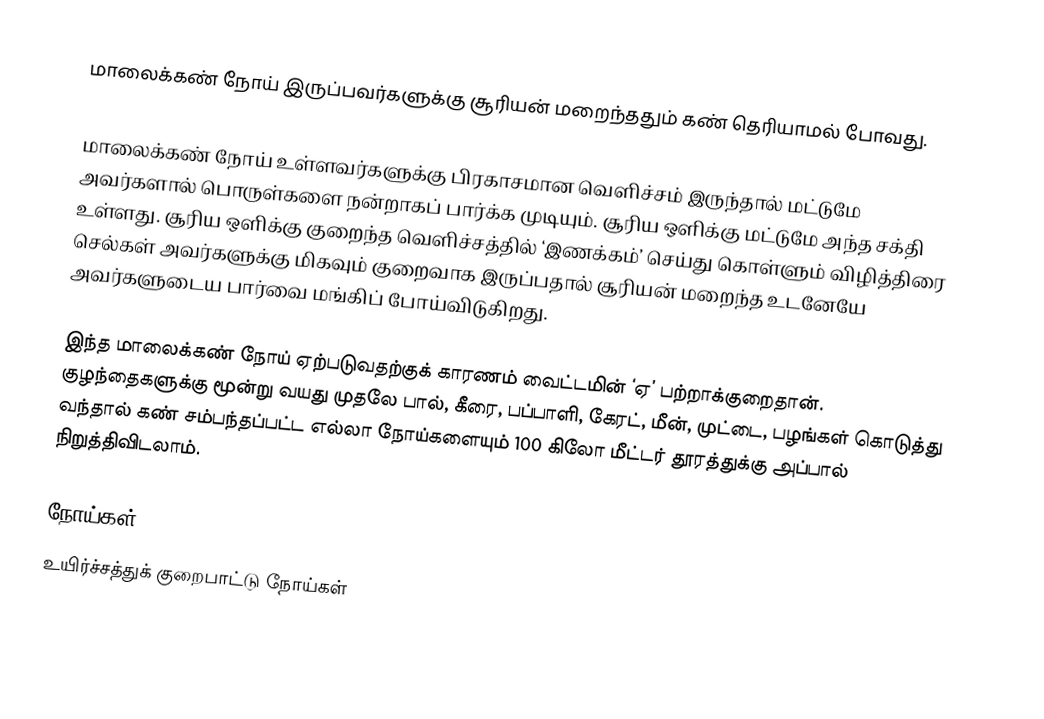
மாலைக்கண் நோய் இருப்பவர்களுக்கு சூரியன் மறைந்ததும் கண் தெரியாமல் போவது.

மாலைக்கண் நோய் உள்ளவர்களுக்கு பிரகாசமான வெளிச்சம் இருந்தால் மட்டுமே அவர்களால் பொருள்களை நன்றாகப் பார்க்க முடியும். சூரிய ஒளிக்கு மட்டுமே அந்த சக்தி உள்ளது. சூரிய ஒளிக்கு குறைந்த வெளிச்சத்தில் ‘இணக்கம்’ செய்து கொள்ளும் விழித்திரை செல்கள் அவர்களுக்கு மிகவும் குறைவாக இருப்பதால் சூரியன் மறைந்த உடனேயே அவர்களுடைய பார்வை மங்கிப் போய்விடுகிறது.

இந்த மாலைக்கண் நோய் ஏற்படுவதற்குக் காரணம் வைட்டமின் ‘ஏ’ பற்றாக்குறைதான். குழந்தைகளுக்கு மூன்று வயது முதலே பால், கீரை, பப்பாளி, கேரட், மீன், முட்டை, பழங்கள் கொடுத்து வந்தால் கண் சம்பந்தப்பட்ட எல்லா நோய்களையும் 100 கிலோ மீட்டர் தூரத்துக்கு அப்பால் நிறுத்திவிடலாம்.

நோய்கள்
உயிர்ச்சத்துக் குறைபாட்டு நோய்கள்